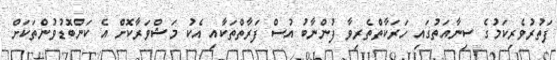
ފަތުރުވެރިކަމުގެ ސިނާއަތުގައި ހަރަކާތްތެރިވާ ފުންނާބު އުސް ފަރާތްތަކާއި އެކު މަޝްވަރާކޮށް އެ ކަންބޮޑުވުންތަކަށް